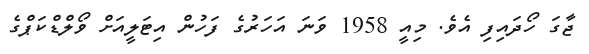
ޖާގަ ހޯދައިފި އެވެ. މިއީ 1958 ވަނަ އަހަރުގެ ފަހުން އިޓަލީއަށް ވޯލްޑްކަޕްގެ